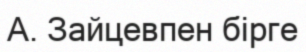
А. Зайцевпен бірге